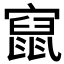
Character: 𱚔